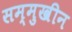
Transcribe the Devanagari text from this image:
सम्मुखीन